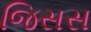
જિસસ